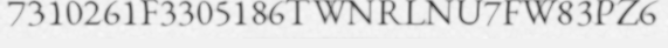
7310261F3305186TWNRLNU7FW83PZ6